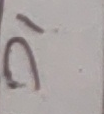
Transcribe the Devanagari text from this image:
छँ